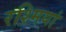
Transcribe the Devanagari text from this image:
रश्मियां